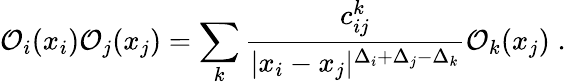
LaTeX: {\cal O}_{i}(x_{i}){\cal O}_{j}(x_{j})=\sum_{k}{\frac{c_{ij}^{k}}{|x_{i}-x_{j}|^{\Delta_{i}+\Delta_{j}-\Delta_{k}}}}{\cal O}_{k}(x_{j})\; .